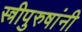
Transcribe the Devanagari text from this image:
स्त्रीपुरुषांनी